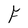
Character: F